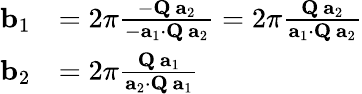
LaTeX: {\begin{array}{rl}{\mathbf{b}_{1}}&{=2\pi{\frac{-\mathbf{Q}\, \mathbf{a}_{2}}{-\mathbf{a}_{1}\cdot\mathbf{Q}\, \mathbf{a}_{2}}}=2\pi{\frac{\mathbf{Q}\, \mathbf{a}_{2}}{\mathbf{a}_{1}\cdot\mathbf{Q}\, \mathbf{a}_{2}}}}\\ {\mathbf{b}_{2}}&{=2\pi{\frac{\mathbf{Q}\, \mathbf{a}_{1}}{\mathbf{a}_{2}\cdot\mathbf{Q}\, \mathbf{a}_{1}}}}\end{array}}